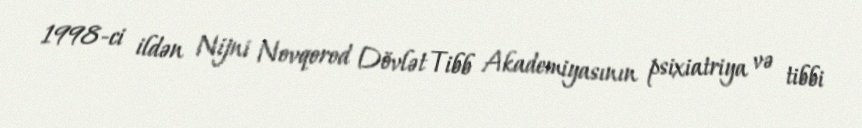
1998-ci ildən Nijni Novqorod Dövlət Tibb Akademiyasının psixiatriya və tibbi